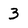
Character: 3